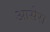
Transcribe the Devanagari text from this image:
आसेरा